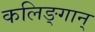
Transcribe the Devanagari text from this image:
कलिङ्गान्‌